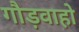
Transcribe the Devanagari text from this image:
गौड़वाहो